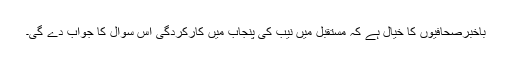
باخبرصحافیوں کا خیال ہے کہ مستقبل میں نیب کی پنجاب میں کارکردگی اس سوال کا جواب دے گی۔